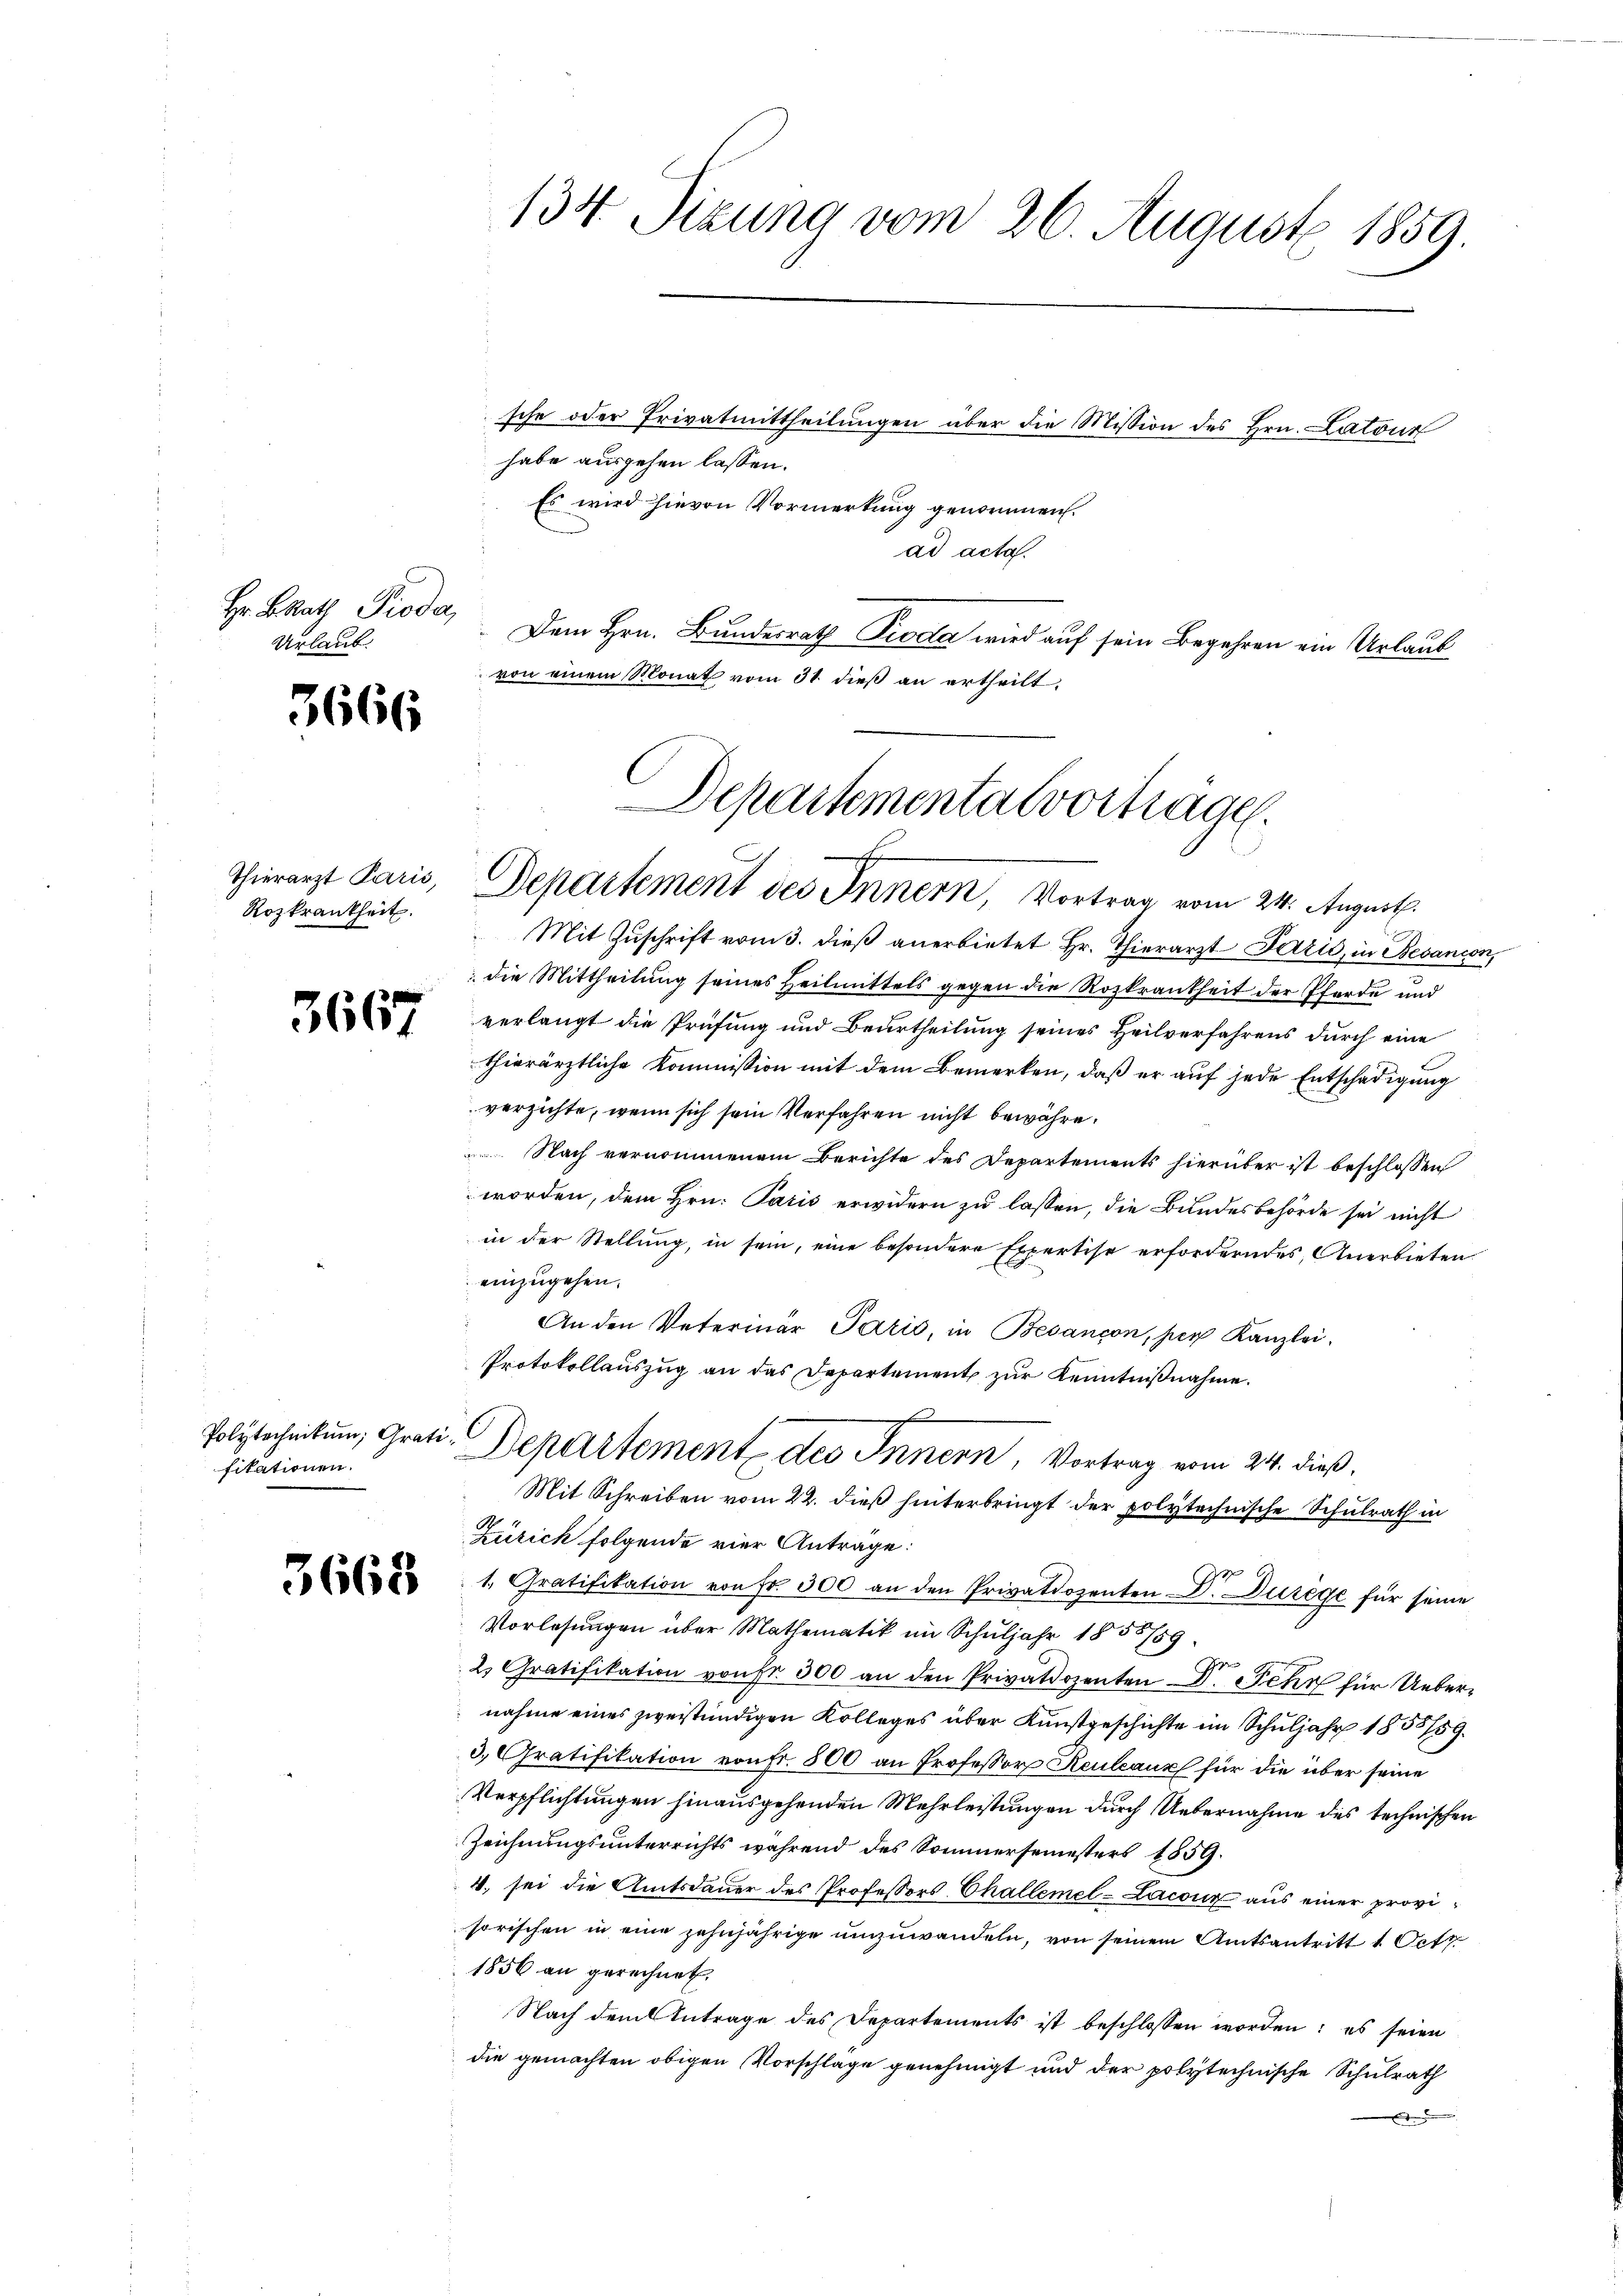
Hr. BRath Pioda,
Urlaub.

3666

Thierarzt Paris,
Rozkrankheit.

3667

Polytechnikum, Grati
fikationen.

3668

134 Sizung vom 26. August 1859.

Departementa vorträge.
C
c
Departement des Innern, Vortrag vom 24. August.

Mit Zŭschrift vom 3. dieß anerbietet Hr. Thierarzt Lazić, in Besanion,
die Mittheilung seines Heilmittels gegen die Rozkrankheit der Pferde und
verlangt die Prüfung und Beurtheilung seines Heilverfahrens durch eine
thierärztliche Kommission mit dem Bemerken, daß er auf jede Entschädigung
verzichte, wenn sich sein Verfahren nicht bewähre.
Nach vernommenem Berichte des Departements hierüber ist beschlossen
worden, dem Hrn. Paris erwidern zu lassen, die Bundesbehörde sei nicht
in der Stellung, in sein, eine besondere Expertise erforderndes, Anerbieten
einzugehen.
An den Vaterinar Paris, in Besançon, per Kanzlei.
Protokollauszug an das Departement zur Kenntnißnahme.
Mit Schreiben vom 22. dieß hinterbringt der polytechnische Schulrath in
Zürich folgende vier Antrage:
1. Gratifikation von Fr. 300 an den Privatdozenten-Dr. Durege für seine
Vorlesungen über Mathematik im Schuljahr 1858/59
2. Gratifikation von Fr. 300 an den Privatdozenten Dr. Fehr für Uebernahme eines zweistündigen Kolleges über Kunstgeschichte im Schuljahr 1858/59.
3. Gratifikation von fr. 800 an Professor Keuleaux für die über seine
Verpflichtungen hinausgehenden Mehrleistungen durch Uebernahme des technischen
Zeichnungsunterrichts während des Sommersemesters 1859.
4. sei die Amtsdauer des Professors Challemel-Lacour aus einer provisorischen in eine zehnjährige umzuwandeln, von seinem Amtsantritt 1. Octo
1856 an gerechnet,
Nach dem Antrage des Departements ist beschlossen worden; es seien
die gemachten obigen Vorschlage genehmigt und der polytechnische Schulrath
.

sche oder Privatmittheilungen über die Mission des Hrn. Latour
habe ausgehen lassen.
Es wird hievon Vormerkung genommen.
ad acta.
Dem Hrn. Bundesrath Pioda wird auf sein Begehren ein Urlaub
von einem Monat vom 31. dieß an ertheilt.

Departement des Innern, Vortrag vom 24. dieß.